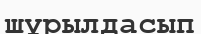
шұрылдасып